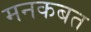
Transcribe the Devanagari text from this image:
मनकबत